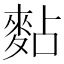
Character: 䴴